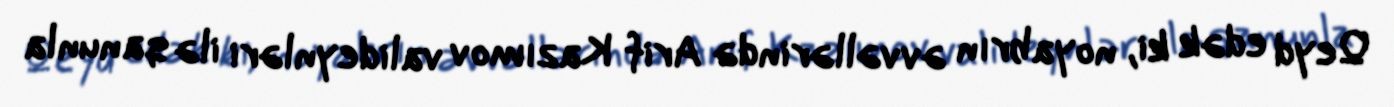
Qeyd edək ki, noyabrın əvvəllərində Arif Kazımov valideynləri ilə qanunla